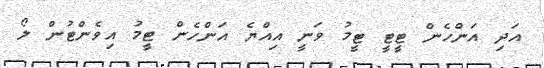
އަދި އަންހެން ޓީޓީ ޓީމު ވަނީ އިއްޔެ އަންހެން ޓީމު އިވެންޓުން ލޯ